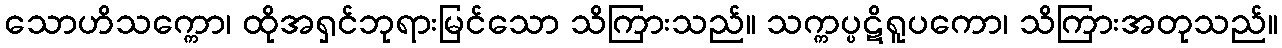
သောဟိသက္ကော၊ ထိုအရှင်ဘုရားမြင်သော သိကြားသည်။ သက္ကပ္ပဋိရူပကော၊ သိကြားအတုသည်။